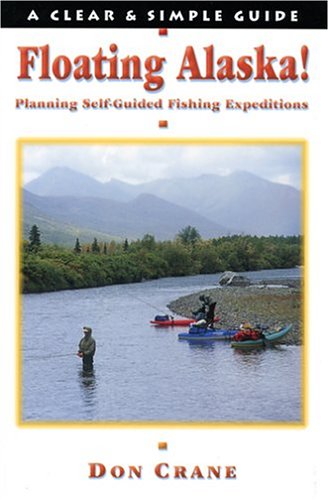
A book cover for Floating Alaska! Planning Self-Guided Fishing Expeditions (Clear & Simple Guides); don Crane; Travel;